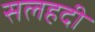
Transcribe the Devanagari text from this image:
सलहदी